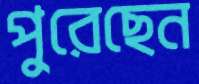
পুরেছেন